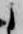
候